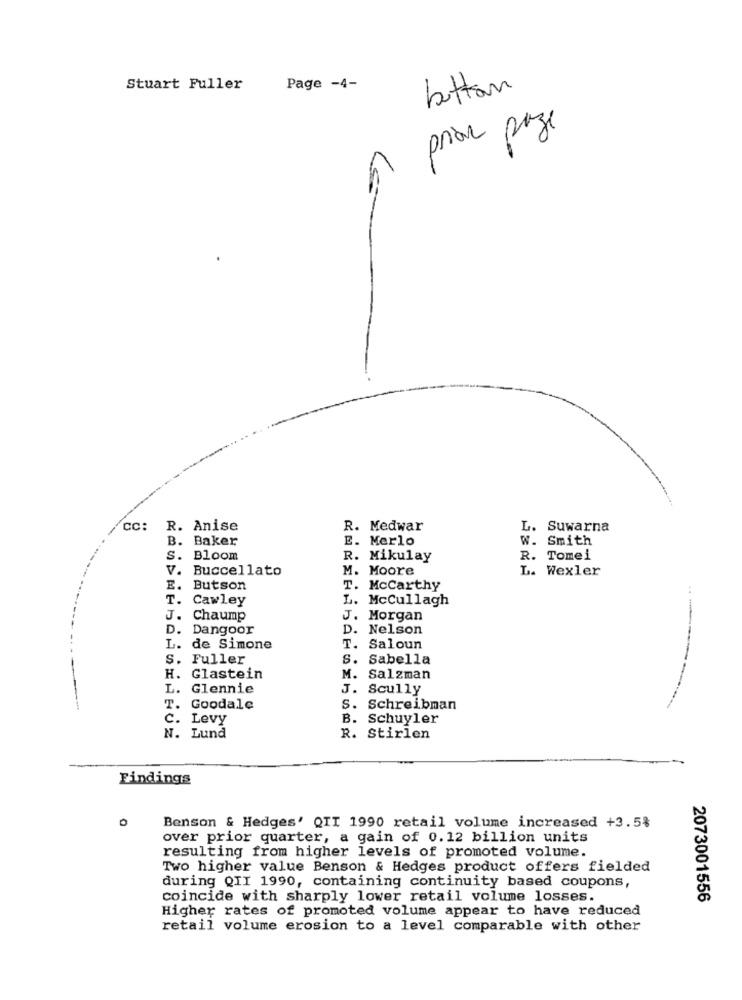
Stuart Fuller
Page -4-
button
prière paze
CC:
R. Anise
R. Medwar
L. Suwarna
B.
Baker
E. Merlo
W. Smith
S. Bloom
R. Mikulay
R. Tomei
v.
Buccellato
M. Moore
L. Wexler
E.
Butson
T. Mccarthy
T.
Cawley
L. McCullagh
J.
Chaump
J. Morgan
D.
Dangoor
D. Nelson
L. de Simone
T. Saloun
S. Fuller
S. Sabella
H. Glastein
M. Salzman
L. Glennie
J. Scully
--------
T. Goodale
S. Schreibman
C. Levy
B. Schuyler
N. Lund
R. Stirlen
Findings
Benson & Hedges' QTI 1990 retail volume increased +3.5%
over prior quarter, a gain of 0.12 billion units
resulting from higher levels of promoted volume.
Two higher value Benson & Hedges product offers fielded
during QII 1990, containing continuity based coupons
coincide with sharply lower retail volume losses.
2073001556
Higher rates of promoted volume appear to have reduced
retail volume erosion to a level comparable with other